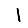
Digit: 1